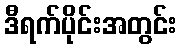
ဒီရက်ပိုင်းအတွင်း